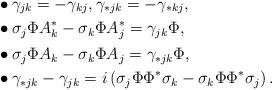
LaTeX: \begin{align*} & \bullet \gamma_{jk} = -\gamma_{kj}, \gamma_{*jk} = -\gamma_{*kj},\\& \bullet \sigma_j \Phi A_k^* - \sigma_k \Phi A_j^* = \gamma_{jk} \Phi, \\& \bullet \sigma_j \Phi A_k - \sigma_k \Phi A_j = \gamma_{*jk} \Phi, \\& \bullet \gamma_{*jk} - \gamma_{jk} = i \left(\sigma_j \Phi \Phi^* \sigma_k - \sigma_k \Phi \Phi^* \sigma_j \right).\end{align*}